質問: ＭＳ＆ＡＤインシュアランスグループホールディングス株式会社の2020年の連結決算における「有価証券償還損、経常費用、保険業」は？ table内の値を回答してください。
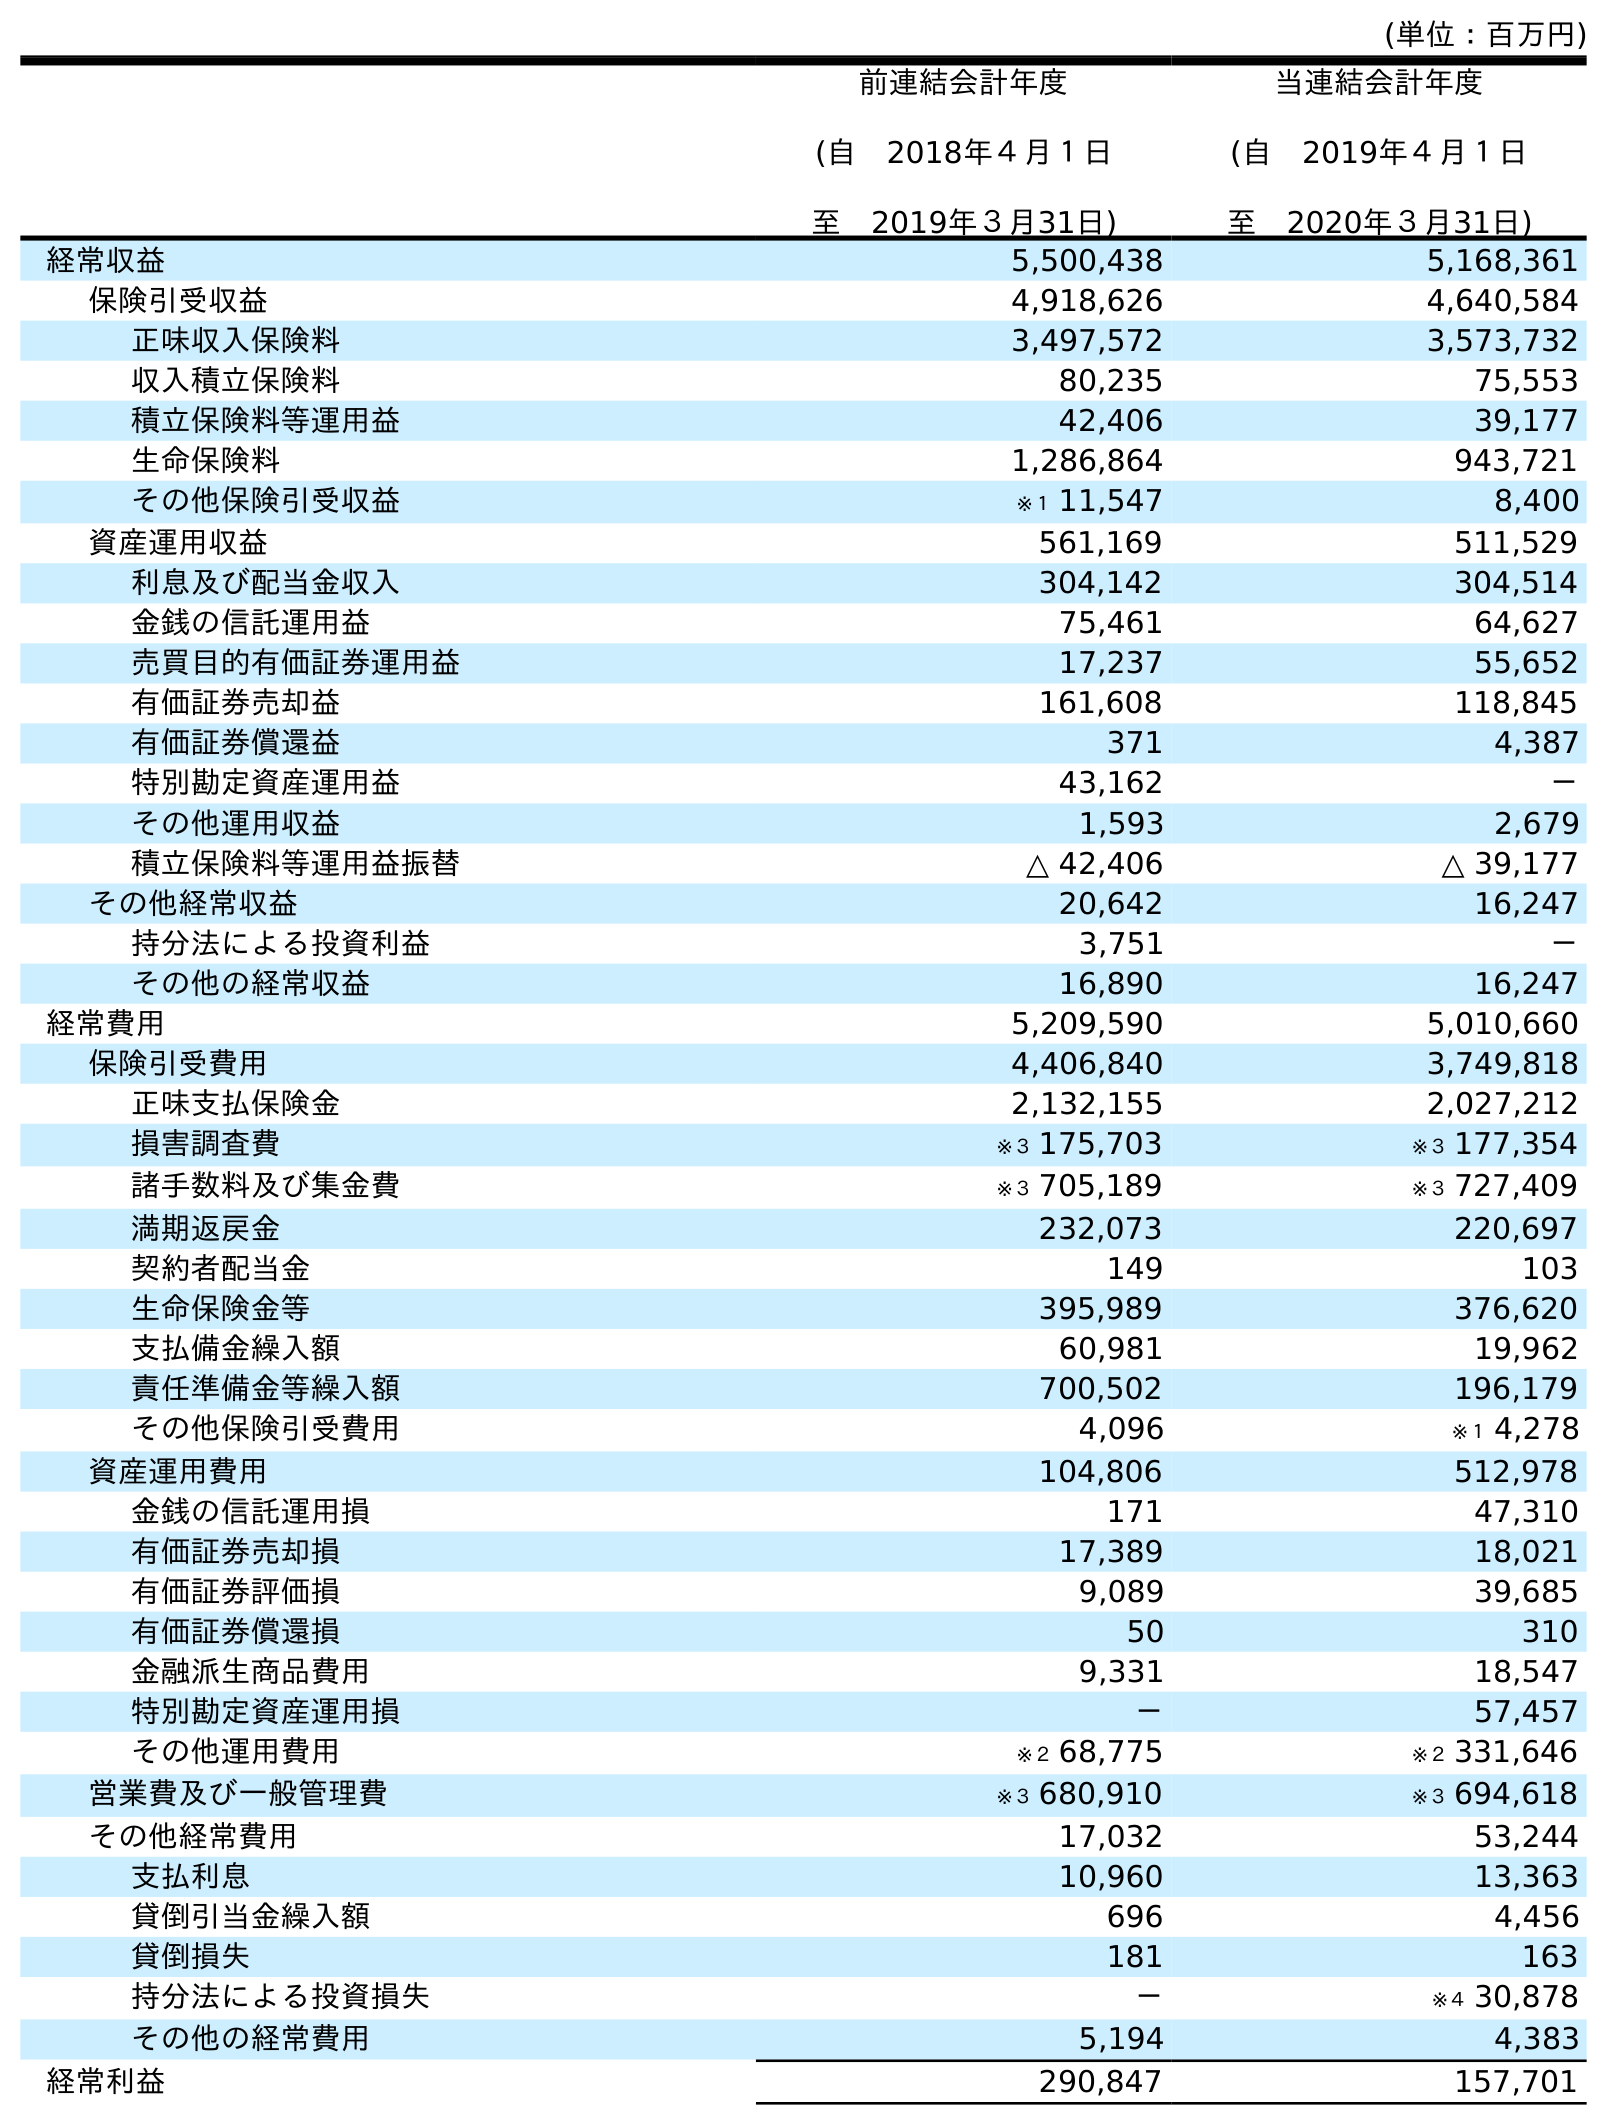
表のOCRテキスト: (単位：百万円) 前連結会計年度 (自 2018年４月１日 至 2019年３月31日) 当連結会計年度 (自 2019年４月１日 至 2020年３月31日) 経常収益 5,500,438 5,168,361 保険引受収益 4,918,626 4,640,584 正味収入保険料 3,497,572 3,573,732 収入積立保険料 80,235 75,553 積立保険料等運用益 42,406 39,177 生命保険料 1,286,864 943,721 その他保険引受収益 ※１ 11,547 8,400 資産運用収益 561,169 511,529 利息及び配当金収入 304,142 304,514 金銭の信託運用益 75,461 64,627 売買目的有価証券運用益 17,237 55,652 有価証券売却益 161,608 118,845 有価証券償還益 371 4,387 特別勘定資産運用益 43,162 － その他運用収益 1,593 2,679 積立保険料等運用益振替 △ 42,406 △ 39,177 その他経常収益 20,642 16,247 持分法による投資利益 3,751 － その他の経常収益 16,890 16,247 経常費用 5,209,590 5,010,660 保険引受費用 4,406,840 3,749,818 正味支払保険金 2,132,155 2,027,212 損害調査費 ※３ 175,703 ※３ 177,354 諸手数料及び集金費 ※３ 705,189 ※３ 727,409 満期返戻金 232,073 220,697 契約者配当金 149 103 生命保険金等 395,989 376,620 支払備金繰入額 60,981 19,962 責任準備金等繰入額 700,502 196,179 その他保険引受費用 4,096 ※１ 4,278 資産運用費用 104,806 512,978 金銭の信託運用損 171 47,310 有価証券売却損 17,389 18,021 有価証券評価損 9,089 39,685 有価証券償還損 50 310 金融派生商品費用 9,331 18,547 特別勘定資産運用損 － 57,457 その他運用費用 ※２ 68,775 ※２ 331,646 営業費及び一般管理費 ※３ 680,910 ※３ 694,618 その他経常費用 17,032 53,244 支払利息 10,960 13,363 貸倒引当金繰入額 696 4,456 貸倒損失 181 163 持分法による投資損失 － ※４ 30,878 その他の経常費用 5,194 4,383 経常利益 290,847 157,701
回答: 310